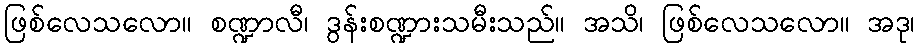
ဖြစ်လေသလော။ စဏ္ဍာလီ၊ ဒွန်းစဏ္ဍားသမီးသည်။ အသိ၊ ဖြစ်လေသလော။ အဒု၊